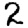
Digit: 2